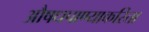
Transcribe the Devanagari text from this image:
औषधपाण्याकरिता